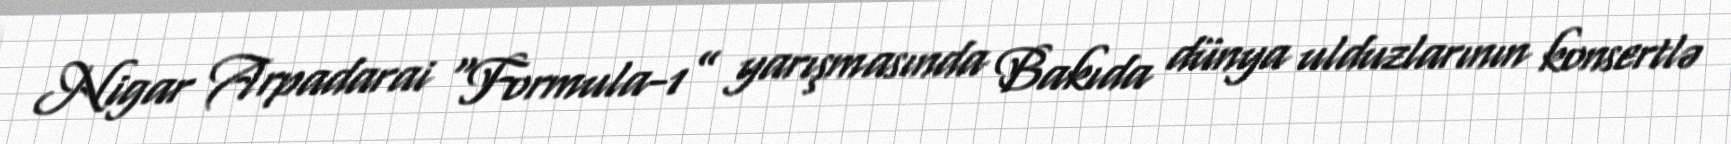
Nigar Arpadarai “Formula-1” yarışmasında Bakıda dünya ulduzlarının konsertlə